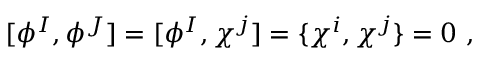
[ \phi ^ { I } , \phi ^ { J } ] = [ \phi ^ { I } , \chi ^ { j } ] = \{ \chi ^ { i } , \chi ^ { j } \} = 0 \ ,